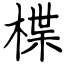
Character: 楪